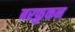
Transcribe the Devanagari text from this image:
बरफ़ुकन